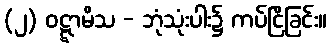
(၂) ဝဋ္ဋာမိသ - ဘုံသုံးပါး၌ ကပ်ငြိခြင်း။